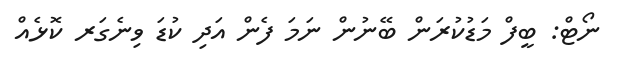
ނޯޓް: ބީފް މަޑުކުރަން ބޭނުން ނަމަ ފެން އަދި ކުޑަ ވިނެގަރ ކޮޅެއް